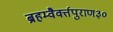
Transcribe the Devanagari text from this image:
ब्रहम्वैवर्त्तपुराण३०